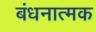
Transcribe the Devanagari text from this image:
बंधनात्मक